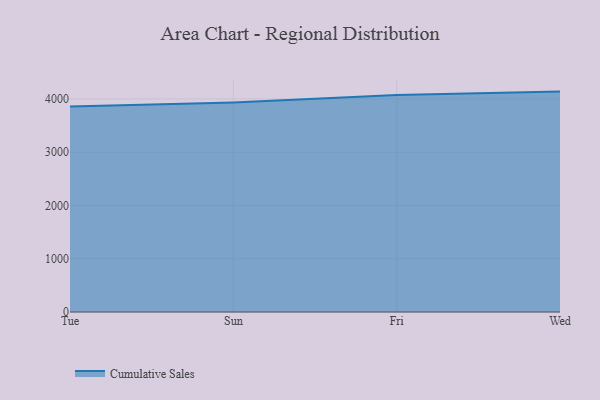
{"axis": {"x": "Day", "y": "Waste Production (Tons)"}, "legend": ["Cumulative Sales"], "data": [{"x": "Tue", "y": 3858.1, "type": "Cumulative Sales"}, {"x": "Sun", "y": 3933.5, "type": "Cumulative Sales"}, {"x": "Fri", "y": 4072.9, "type": "Cumulative Sales"}, {"x": "Wed", "y": 4137.8, "type": "Cumulative Sales"}]}